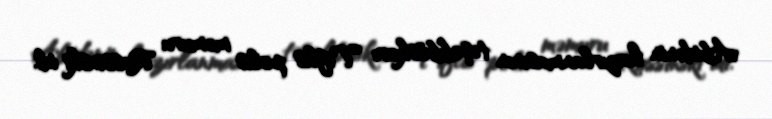
Abidənin hazırlanmasının təşəbbüskarı Tiflis polis məmuru Rossinski idi.